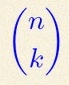
\binom{n}{k}